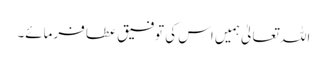
اللہ تعالیٰ ہمیں اس کی توفیق عطا فرمائے۔